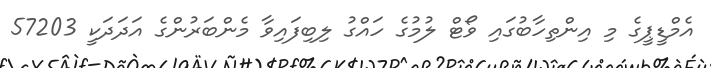
އެމްޑީޕީގެ މި އިންތިހާބުގައި ވޯޓް ލުމުގެ ހައްގު ލިބިފައިވާ މެންބަރުންގެ އަދަދަކީ 57203